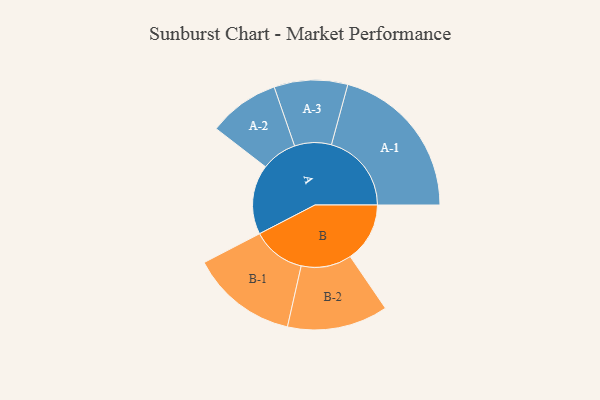
{"axis": {"x": "Segment", "y": "Value"}, "legend": ["", "A", "B"], "data": [{"x": "A", "y": 235, "type": ""}, {"x": "B", "y": 201, "type": ""}, {"x": "A-1", "y": 270, "type": "A"}, {"x": "A-2", "y": 120, "type": "A"}, {"x": "A-3", "y": 124, "type": "A"}, {"x": "B-1", "y": 180, "type": "B"}, {"x": "B-2", "y": 170, "type": "B"}]}